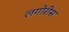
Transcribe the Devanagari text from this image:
लगोरीस